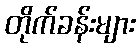
တိုက်ခန်းများ